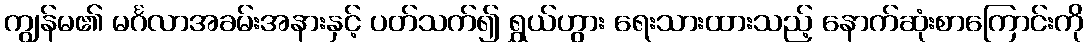
ကျွန်မ၏ မင်္ဂလာအခမ်းအနားနှင့် ပတ်သက်၍ ရွှယ်ဟွား ရေးသားထားသည့် နောက်ဆုံးစာကြောင်းကို